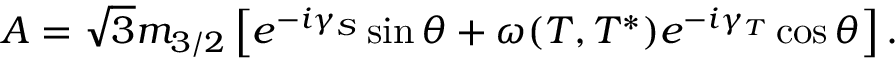
A = \sqrt { 3 } m _ { 3 / 2 } \left[ e ^ { - i \gamma _ { S } } \sin \theta + \omega ( T , T ^ { * } ) e ^ { - i \gamma _ { T } } \cos \theta \right] .